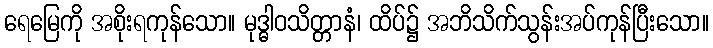
ရေမြေကို အစိုးရကုန်သော။ မုဒ္ဓါဝသိတ္တာနံ၊ ထိပ်၌ အဘိသိက်သွန်းအပ်ကုန်ပြီးသော။